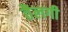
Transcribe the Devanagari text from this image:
तैलगी